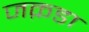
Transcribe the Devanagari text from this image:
जक़डा